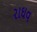
રાઘવ